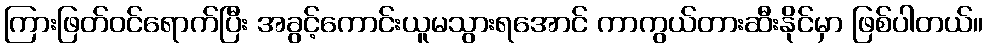
ကြားဖြတ်ဝင်ရောက်ပြီး အခွင့်ကောင်းယူမသွားရအောင် ကာကွယ်တားဆီးနိုင်မှာ ဖြစ်ပါတယ်။